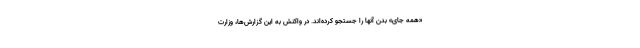
«همه جای» بدن آنها را جستجو کرده‌اند. در واکنش به این گزارش‌ها، وزارت